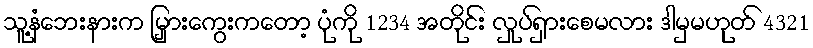
သူ့နံဘေးနားက မြှားကွေးကတော့ ပုံကို 1234 အတိုင်း လှုပ်ရှားစေမလား ဒါမှမဟုတ် 4321